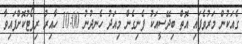
ގެއަކުން މަރުވެފައި އޮތް ބިދޭސީއަކު ފެނިގެން މިއަދު ހެނދުނު 10:00 ހާއިރު ރިޕޯޓުކޮށްފައިވާ